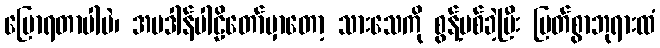
ပြောရတာပါပဲ၊ အပဒါန်ပါဠိတော်မှာတော့ သားသေကို စွန့်ပစ်ခဲ့ပြီး မြတ်စွာဘုရားထံ